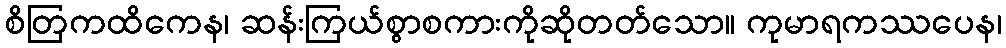
စိတြကထိကေန၊ ဆန်းကြယ်စွာစကားကိုဆိုတတ်သော။ ကုမာရကဿပေန၊